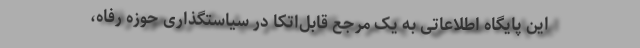
این پایگاه اطلاعاتی به یک مرجع قابل‌اتکا در سیاستگذاری حوزه رفاه،